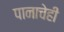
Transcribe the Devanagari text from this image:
पानाचेही